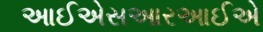
આઈએસઆરઆઈએ